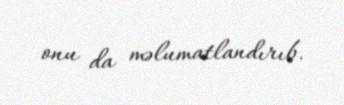
onu da məlumatlandırıb.